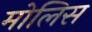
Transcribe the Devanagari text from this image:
मोलिस